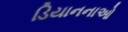
ડિયાનનાઓ